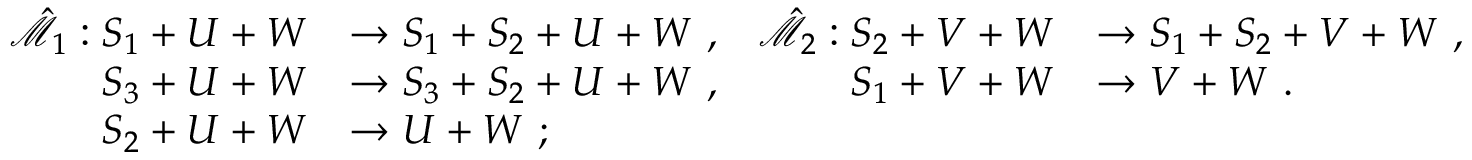
\begin{array} { r l r l } { \hat { \mathcal { M } } _ { 1 } : S _ { 1 } + U + W } & { \to S _ { 1 } + S _ { 2 } + U + W \ , } & { \hat { \mathcal { M } } _ { 2 } : S _ { 2 } + V + W } & { \to S _ { 1 } + S _ { 2 } + V + W \ , } \\ { S _ { 3 } + U + W } & { \to S _ { 3 } + S _ { 2 } + U + W \ , } & { S _ { 1 } + V + W } & { \to V + W \ . } \\ { S _ { 2 } + U + W } & { \to U + W \ ; } \end{array}